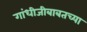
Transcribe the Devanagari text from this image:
गांधीजीबाबतच्या